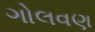
ગોલવણ